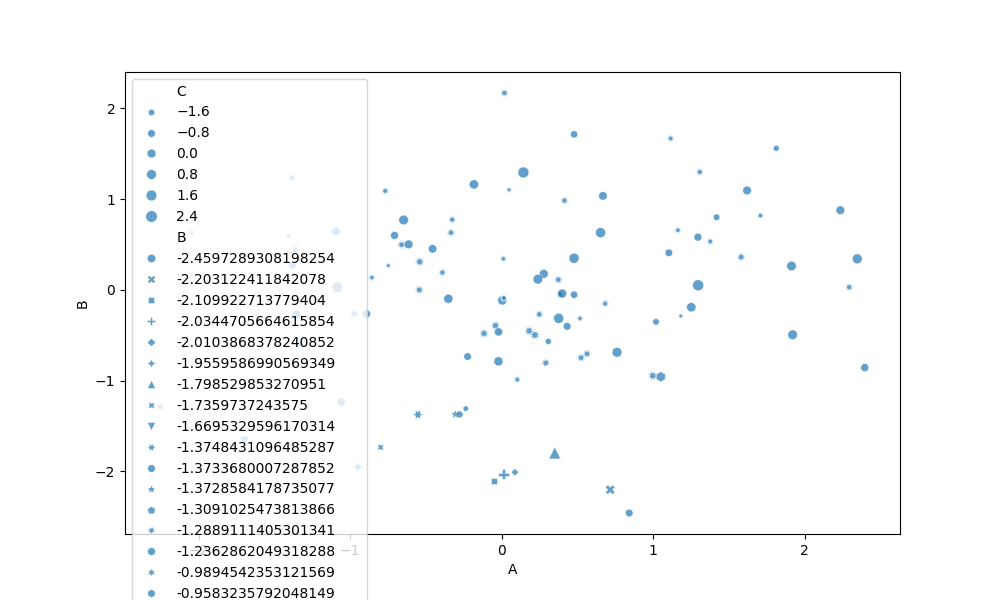
python, seaborn, scatterplot, hue='None', style='B', size='C', palette='deep', alpha=0.7